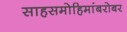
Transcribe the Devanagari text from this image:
साहसमोहिमांबरोबर